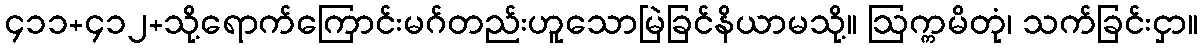
၄၁၁+၄၁၂+သို့ရောက်ကြောင်းမဂ်တည်းဟူသောမြဲခြင်နိယာမသို့။ ဩက္ကမိတုံ၊ သက်ခြင်းငှာ။